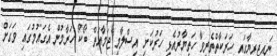
ނައިޖީރިޔާގައި ހަރަކާތްތެރިވާ ހަތިޔާރުއެޅި ހަރުކަށި އިސްލާމީ ޖަމާއަތް ބޯކޯ ހަރާމުން އެގައުމުގައި ވަގަށް